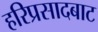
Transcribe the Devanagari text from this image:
हरिप्रसादबाट